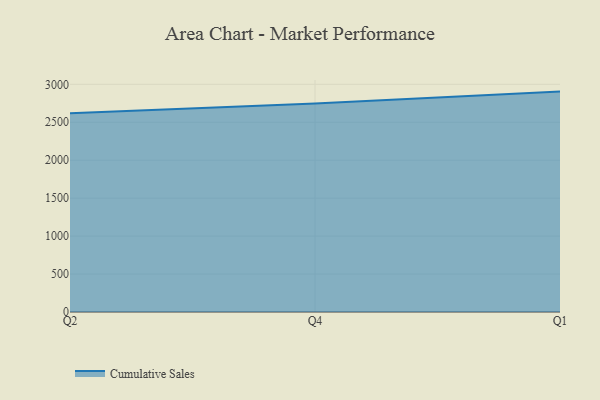
{"axis": {"x": "Quarter", "y": "Gross Profit (USD K)"}, "legend": ["Cumulative Sales"], "data": [{"x": "Q2", "y": 2618.6, "type": "Cumulative Sales"}, {"x": "Q4", "y": 2747.7, "type": "Cumulative Sales"}, {"x": "Q1", "y": 2904.1, "type": "Cumulative Sales"}]}